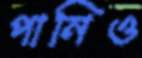
পানিও